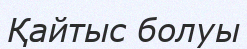
Қайтыс болуы